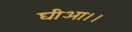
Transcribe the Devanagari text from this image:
घीआ।।